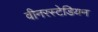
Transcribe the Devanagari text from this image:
वीनरस्टेडियन